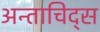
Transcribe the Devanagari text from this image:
अन्ताचिद्स